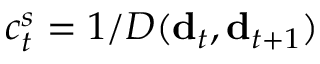
c _ { t } ^ { s } = 1 / D ( { \bf d } _ { t } , { \bf d } _ { t + 1 } )